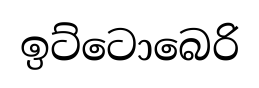
ඉට්ටොබෙරි